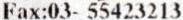
FAX:03- 55423213